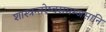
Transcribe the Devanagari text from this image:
शास्त्रन्तरेष्वसमम्जसानि